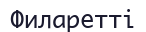
Филаретті